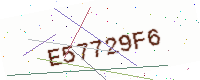
Text: E57729F6